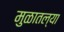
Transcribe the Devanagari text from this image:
मुळातल्या